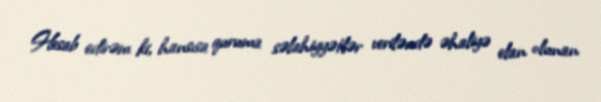
Hesab edirəm ki, hansısa quruma səlahiyyətlər veriləndə əhaliyə elan olunan